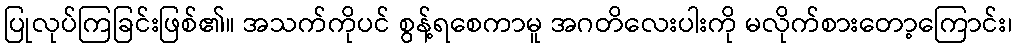
ပြုလုပ်ကြခြင်းဖြစ်၏။ အသက်ကိုပင် စွန့်ရစေကာမူ အဂတိလေးပါးကို မလိုက်စားတော့ကြောင်း၊